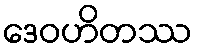
ဒေဝဟိတဿ